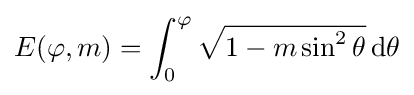
E(\varphi ,m)=\int _{0}^{\varphi }{\sqrt {1-m\sin ^{2}\theta }}\,\mathrm {d} \theta